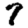
Digit: 7